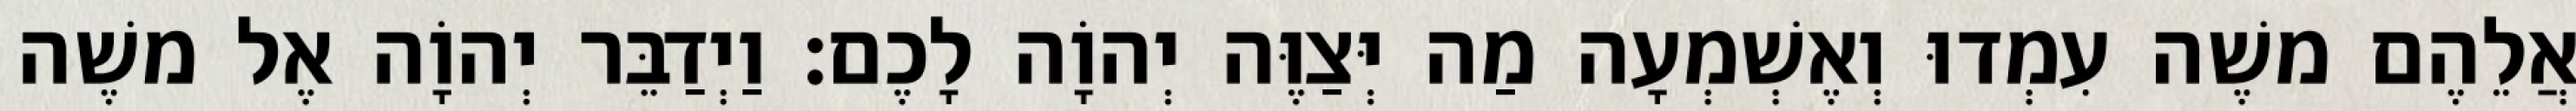
אֲלֵהֶם משֶׁה עִמְדוּ וְאֶשְׁמְעָה מַה יְּצַוֶּה יְהוָֹה לָכֶם׃ וַיְדַבֵּר יְהוָֹה אֶל משֶׁה